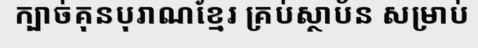
ក្បាច់គុនបុរាណខ្មែរ គ្រប់ស្ថាប័ន សម្រាប់